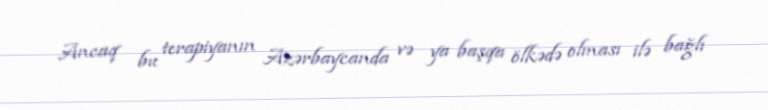
Ancaq bu terapiyanın Azərbaycanda və ya başqa ölkədə olması ilə bağlı